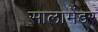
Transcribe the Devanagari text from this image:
सालामेंडर